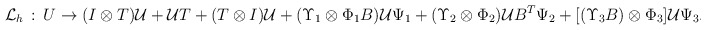
\begin{align*}{\cal L}_h \, : \, U \to (I\otimes T)\mathcal{U}+\mathcal{U}T+(T\otimes I)\mathcal{U}+(\Upsilon_1\otimes\Phi_1B)\mathcal{U}\Psi_1+(\Upsilon_2\otimes\Phi_2)\mathcal{U} B^T\Psi_2+[(\Upsilon_3 B)\otimes\Phi_3]\mathcal{U}\Psi_3. \end{align*}